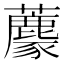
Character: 𧄟